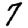
Digit: 7